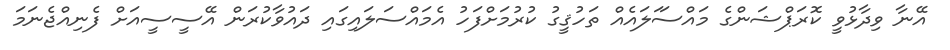
އޭނާ ވިދާޅުވީ ކޮރަޕްޝަންގެ މައްސަަލައެއް ތަހުޤީގު ކުރުމަށްފަހު އެމައްސަލައިގައި ދައުވާކުރަން އޭސީސީއަށް ފެނިއްޖެނަމަ